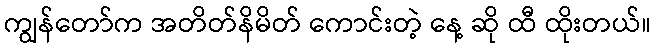
ကျွန်တော်က အတိတ်နိမိတ် ကောင်းတဲ့ နေ့ ဆို ထီ ထိုးတယ်။